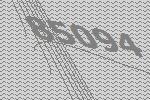
85094